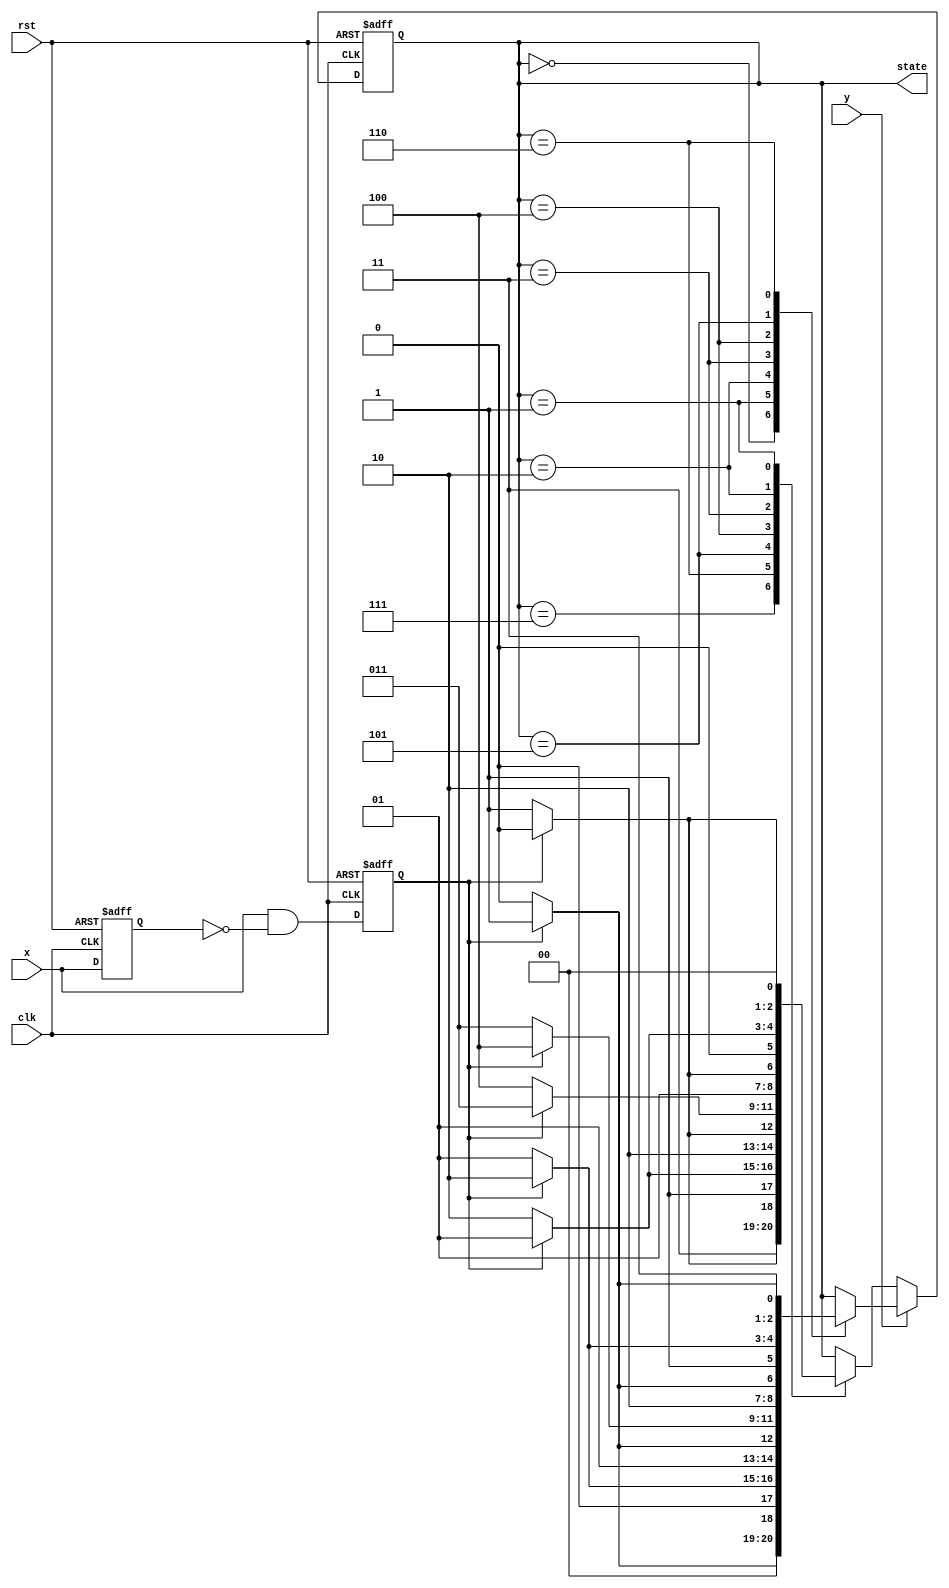
`timescale 1ns / 1ps
//////////////////////////////////////////////////////////////////////////////////
// Company: 
// Engineer: 
// 
// Design Name: 
// Module Name: report5_counter_3bit
// Project Name: 
// Target Devices: 
// Tool Versions: 
// Description: 
// 
// Dependencies: 
// 
// Revision:
// Revision 0.01 - File Created
// Additional Comments:
// 
//////////////////////////////////////////////////////////////////////////////////


module report5_counter_3bit(clk, rst, x, y, state);
input clk, rst;
input x;
input y;
reg x_reg, x_trig;
output reg[2:0]state;


always @(negedge rst or posedge clk) begin
if(!rst) begin
{x_reg, x_trig}<=2'b00;
end
else begin
x_reg<=x;
x_trig<=x&~x_reg;
end
end

always @(negedge rst or posedge clk) begin
if(!rst)
state<=3'b000;
else if(y) begin
case(state)
3'b000:state<=x_trig?3'b001:3'b000;
3'b001:state<=x_trig?3'b010:3'b001;
3'b010:state<=x_trig?3'b011:3'b010;
3'b011:state<=x_trig?3'b100:3'b011;
3'b100:state<=x_trig?3'b101:3'b100;
3'b101:state<=x_trig?3'b110:3'b101;
3'b110:state<=x_trig?3'b111:3'b110;
endcase
end
else if(!y) begin
case(state)
3'b111:state<=x_trig?3'b110:3'b111;
3'b110:state<=x_trig?3'b101:3'b110;
3'b101:state<=x_trig?3'b100:3'b101;
3'b100:state<=x_trig?3'b011:3'b100;
3'b011:state<=x_trig?3'b010:3'b011;
3'b010:state<=x_trig?3'b001:3'b010;
3'b001:state<=x_trig?3'b000:3'b001;
endcase
end
end

endmodule